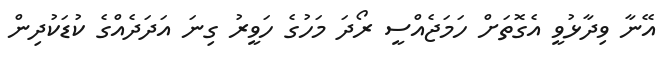
އޭނާ ވިދާޅުވީ އެގޮތަށް ހަމަޖެއްސީ ރޯދަ މަހުގެ ހަވީރު ގިނަ އަދަދެއްގެ ކުޑަކުދިން